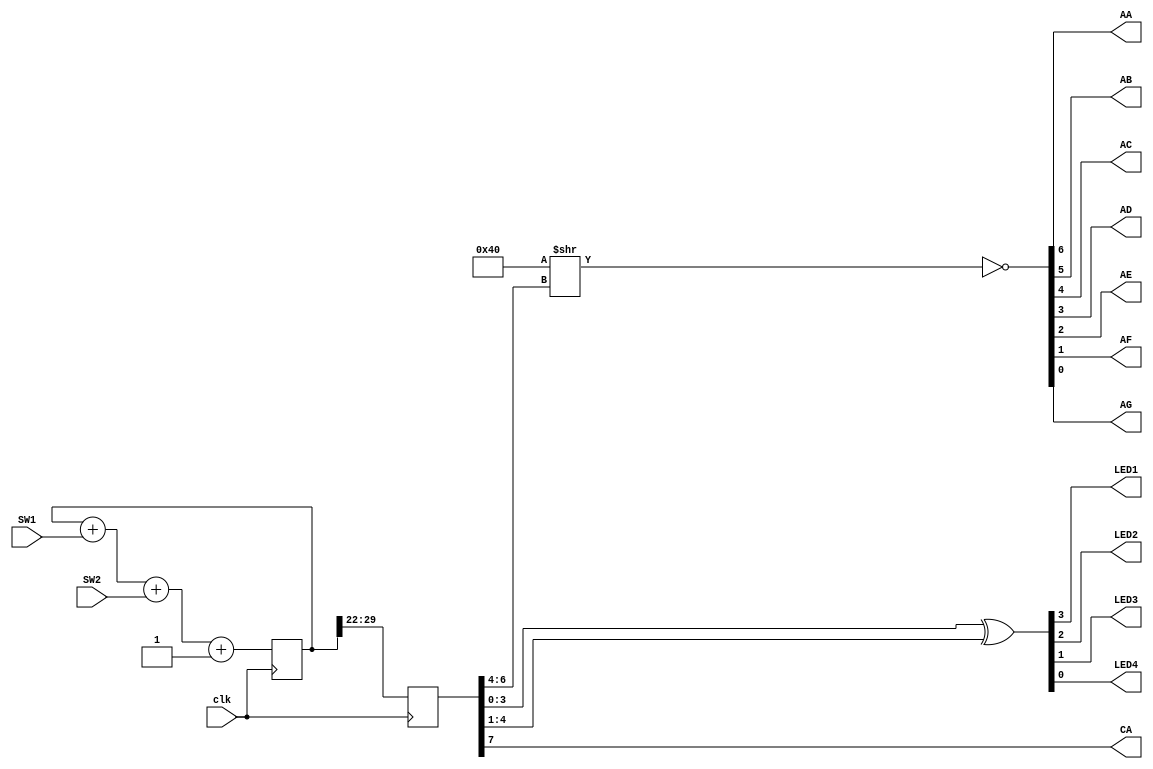
module example_4 (
	input  clk,
	input  SW1,
	input  SW2,
	output LED1,
	output LED2,
	output LED3,
	output LED4,
	output AA, AB, AC, AD,
	output AE, AF, AG, CA
);
	localparam BITS = 8;
	localparam LOG2DELAY = 22;
	reg [BITS+LOG2DELAY-1:0] counter = 0;
	reg [BITS-1:0] outcnt;
	always @(posedge clk) begin
		counter <= counter + SW1 + SW2 + 1;
		outcnt <= counter >> LOG2DELAY;
	end
	assign {LED1, LED2, LED3, LED4} = outcnt ^ (outcnt >> 1);
	assign {AA, AB, AC, AD, AE, AF, AG} = ~(7'b 100_0000 >> outcnt[6:4]);
	assign CA = outcnt[7];
endmodule